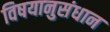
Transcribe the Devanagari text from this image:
विषयानुसंधान